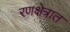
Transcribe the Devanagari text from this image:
रणक्षेत्रात